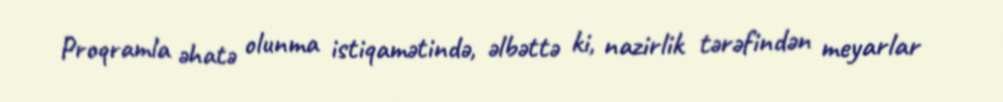
Proqramla əhatə olunma istiqamətində, əlbəttə ki, nazirlik tərəfindən meyarlar